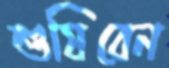
শুষিবেন